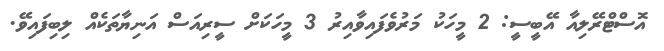
އޮސްޓްރޭލިއާ އޭބީސީ: 2 މީހަކު މަރުވެފައިވާއިރު 3 މީހަކަށް ސީރިއަސް އަނިޔާތަކެއް ލިބިފައިވޭ.